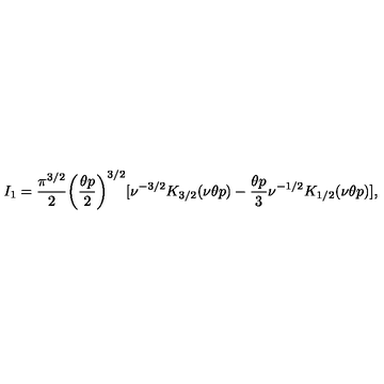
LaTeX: I _ { 1 } = \frac { \pi ^ { 3 / 2 } } { 2 } \biggl ( \frac { \theta p } { 2 } \biggr ) ^ { 3 / 2 } [ \nu ^ { - 3 / 2 } K _ { 3 / 2 } ( \nu \theta p ) - \frac { \theta p } { 3 } \nu ^ { - 1 / 2 } K _ { 1 / 2 } ( \nu \theta p ) ] ,